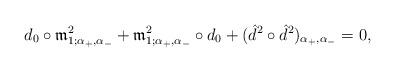
LaTeX: \begin{align*}d_0 \circ \frak m^{2}_{1;\alpha_+,\alpha_-}+ \frak m^{2}_{1;\alpha_+,\alpha_-} \circ d_0+ (\hat d^2 \circ \hat d^2)_{\alpha_+,\alpha_-}= 0,\end{align*}